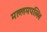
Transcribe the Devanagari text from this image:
मल्लमपल्लि